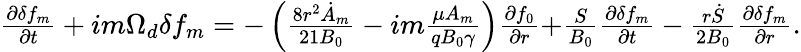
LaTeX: \begin{array}{r}{\frac{\partial\delta f_{m}}{\partial t}+{im\Omega_{d}\delta f_{m}}={-\left(\frac{8r^{2}\dot{A}_{m}}{21B_{0}}-im\frac{\mu A_{m}}{qB_{0}\gamma}\right)\frac{\partial f_{0}}{\partial r}}{+\frac{S}{B_{0}}\frac{\partial\delta f_{m}}{\partial t}}-\frac{r\dot{S}}{2B_{0}}\frac{\partial\delta f_{m}}{\partial r}.}\end{array}